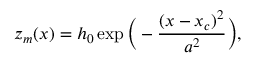
z _ { m } ( x ) = h _ { 0 } \exp \bigg ( - \frac { ( x - x _ { c } ) ^ { 2 } } { a ^ { 2 } } \bigg ) ,